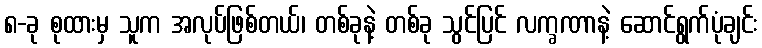
၈-ခု စုထားမှ သူက အလုပ်ဖြစ်တယ်၊ တစ်ခုနဲ့ တစ်ခု သွင်ပြင် လက္ခဏာနဲ့ ဆောင်ရွက်ပုံချင်း